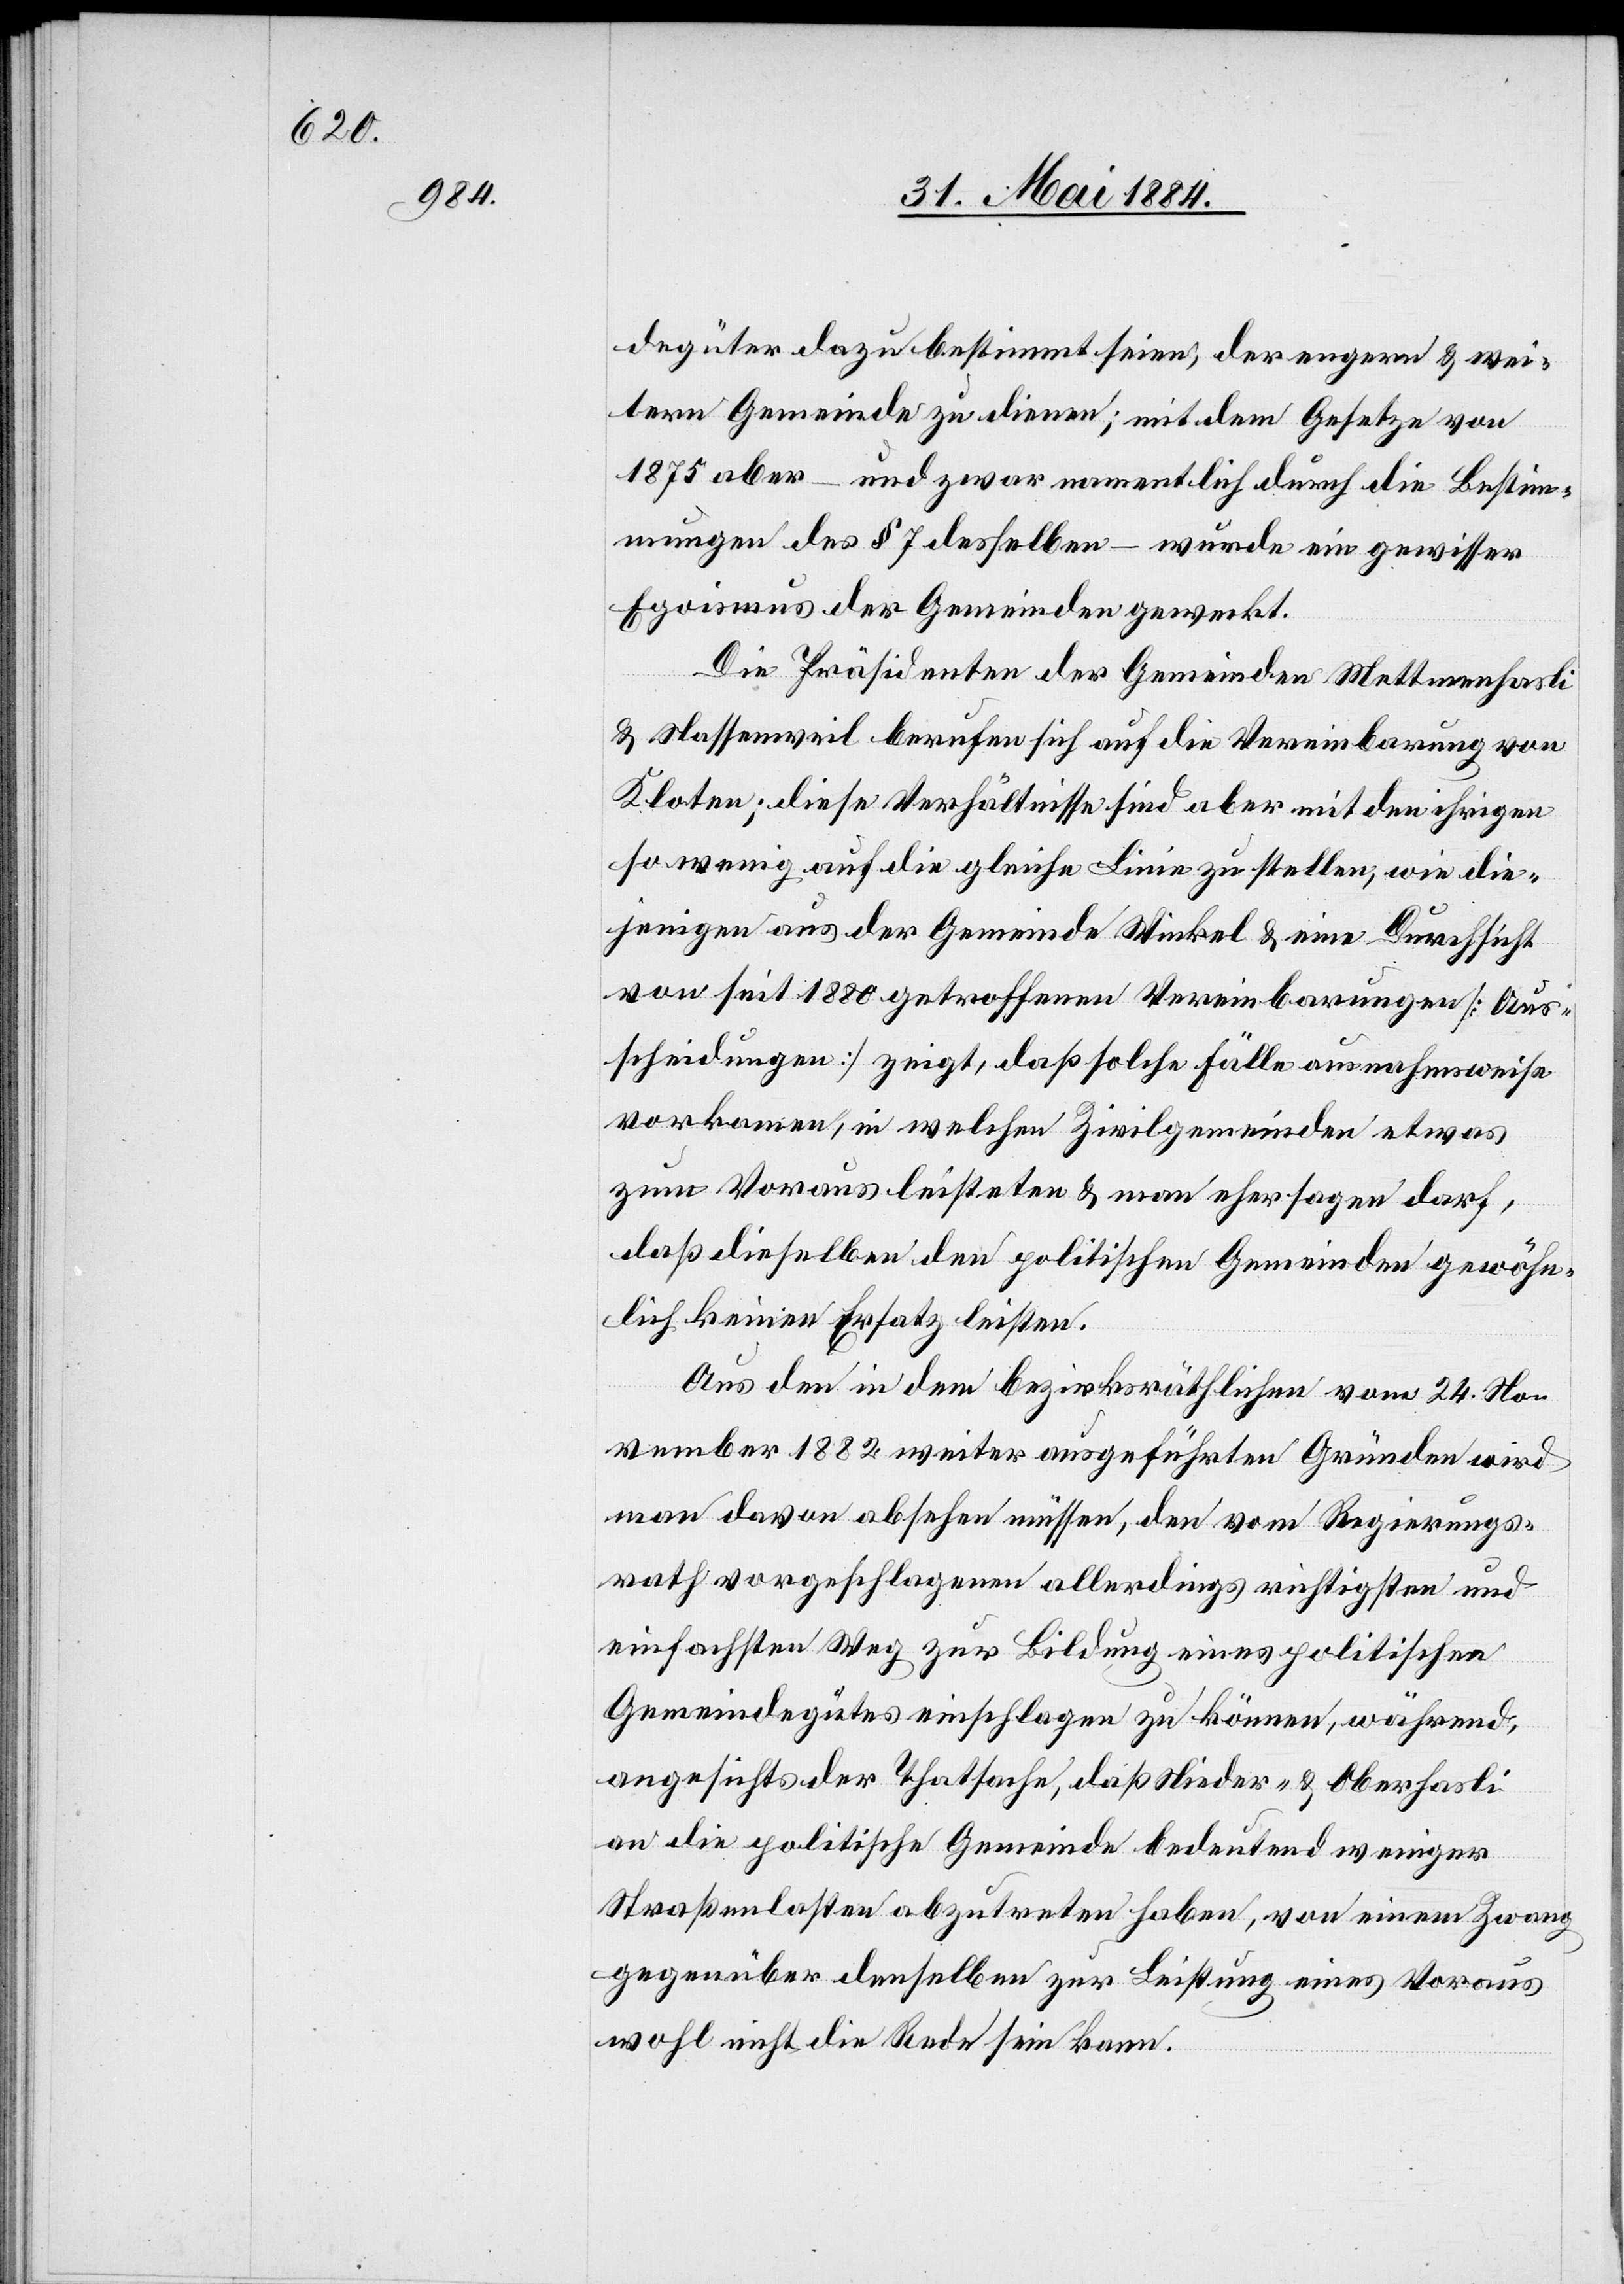
degüter dazu bestimmt seien, der engeren & wei¬
teren Gemeinde zu dienen; mit dem Gesetze von
1875 aber – und zwar namentlich durch die Bestim¬
mungen des § 7 desselben – wurde ein gewisser
Egoismus der Gemeinden geweckt.
Die Präsidenten der Gemeinden Mettmenhasli
& Nassenweil berufen sich auf die Vereinbarung von
Kloten; diese Verhältnisse sind aber mit den ihrigen
so wenig auf die gleiche Linie zu stellen, wie die¬
jenigen aus der Gemeinde Winkel & eine Durchsicht
von seit 1880 getroffenen Vereinbarungen [Aus¬
scheidungen] zeigt, daß solche Fälle ausnahmsweise
vorkommen, in welchem Zivilgemeinden etwas
zum Voraus leisteten & man eher sagen darf,
daß dieselben den politischen Gemeinden gewöhn¬
lich keinen Ersatz leisten.
Aus den in dem bezirksräthlichen vom 24. No¬
vember 1882 weiter ausgeführten Gründen wird
man davon absehen müssen, den vom Regierungs¬
rath vorgeschlagenen allerdings richtigsten und
einfachsten Weg zur Bildung eines politischen
Gemeindegutes einschlagen zu können, während,
angesichts der Thatsache, daß Nieder- & Oberhasli
an die politische Gemeinde bedeuten weniger
Straßenlasten abzutreten haben, von einem Zwang
gegenüber denselben zur Leistung eines Voraus
wohl nicht die Rede sein kann.